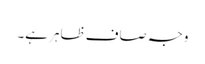
وجہ صاف ظاہر ہے۔